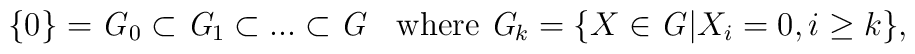
\{0\}={\it G}_0\subset {\it G}_1\subset ...\subset {\it G}\;\;\;\mbox{where  }{\it G}_k=\{X\in {\it G}| X_i=0, i\geq k \},